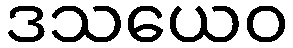
ဒသယေဝ